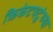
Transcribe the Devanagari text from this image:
क्रिकेटपटूंच्या